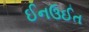
ઈનઉઈત